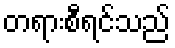
တရားစီရင်သည်